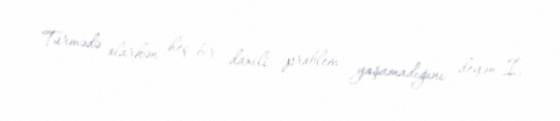
Türmədə olarkən heç bir daxili problem yaşamadığını deyən İ.